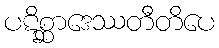
ပဋိစ္ဆာဒေဿတီတိပေ